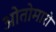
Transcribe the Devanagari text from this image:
ओतोमारो